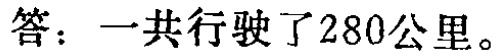
答：一共行驶了280公里。